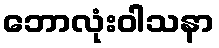
ဘောလုံးဝါသနာ